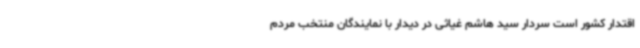
اقتدار کشور است سردار سید هاشم غیاثی در دیدار با نمایندگان منتخب مردم